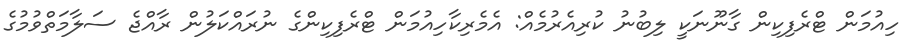
ހިއުމަން ޓްރެފިކިން ގާނޫނަކީ ލިބުނު ކުރިއެރުމެއް: އެމެރިކާހިއުމަން ޓްރެފިކިންގެ ނުރައްކަލުން ރާއްޖެ ސަލާމަތްވުމުގެ